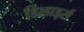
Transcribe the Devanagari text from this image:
डिलार्ड्स